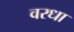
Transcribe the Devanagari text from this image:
वरधा